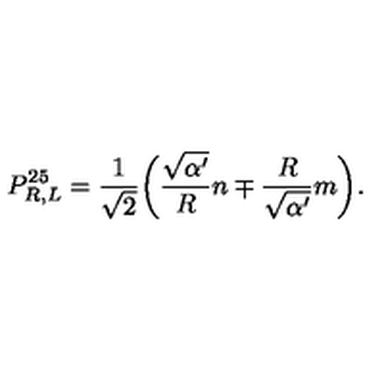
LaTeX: P _ { R , L } ^ { 2 5 } = \frac { 1 } { \sqrt { 2 } } \bigg ( \frac { \sqrt { \alpha ^ { \prime } } } { R } n \mp \frac { R } { \sqrt { \alpha ^ { \prime } } } m \bigg ) .